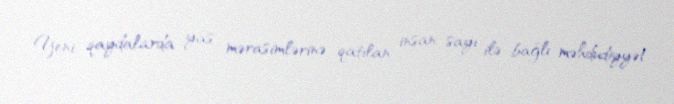
Yeni qaydalarda yas mərasimlərinə qatılan insan sayı ilə bağlı məhdudiyyət